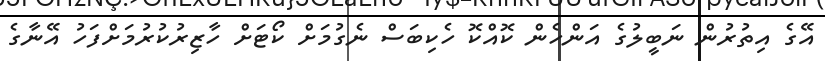
އޭގެ އިތުރުން ނަބީލުގެ އަންހެން ކޮއްކޮ ހެކިބަސް ނެގުމަށް ކޯޓަށް ހާޒިރުކުރުމަށްފަހު އޭނާގެ